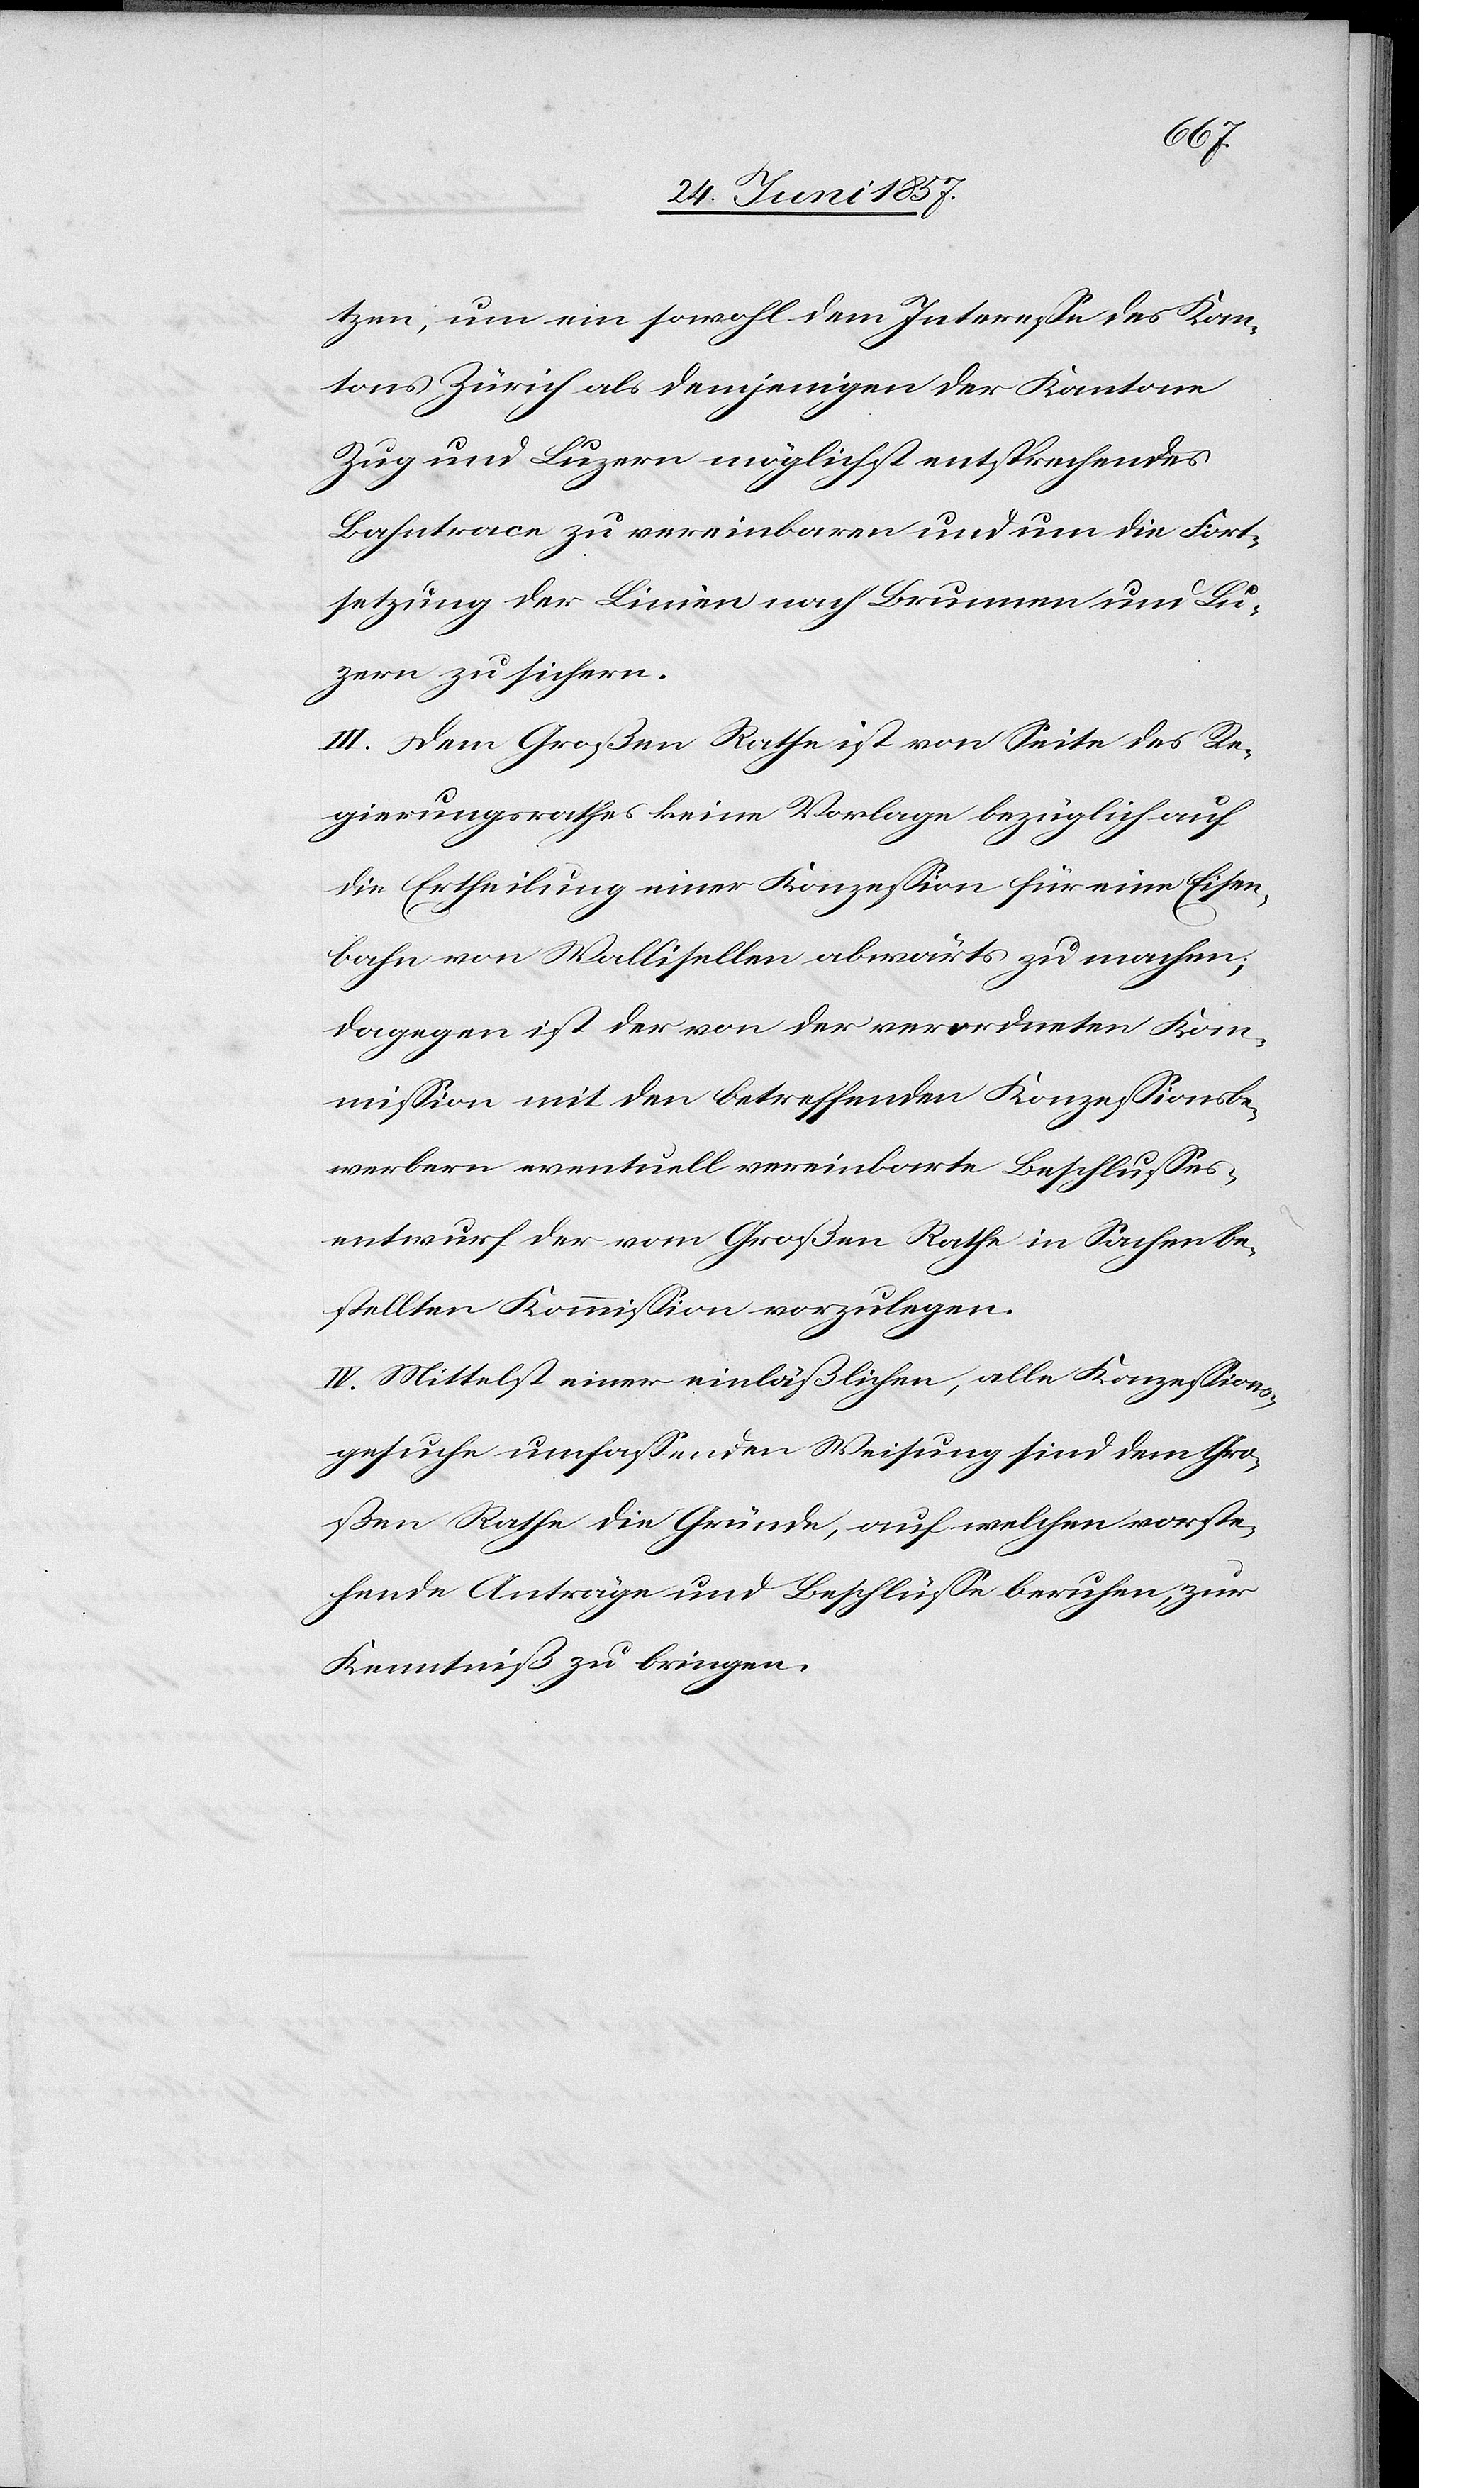
tzen, um ein sowohl dem Interesse des Kan¬
tons Zürich als demjenigen der Kantone
Zug und Luzern möglichst entsprechendes
Bahntrace zu vereinbaren und um die Fort¬
setzung der Linien nach Brunnen um Lu¬
zern zu sichern.
III. Dem Großen Rathe ist von Seite des Re¬
gierungsrathes keine Vorlage bezüglich auf
die Ertheilung einer Konzession für eine Eisen¬
bahn von Wallisellen abwärts zu machen;
dagegen ist der von der verordneten Kom¬
mission mit den betreffenden Konzessionsbe¬
werbern eventuell vereinbarte Beschlusses¬
entwurf der vom Großen Rathe in Sachen be¬
stellten Kommission vorzulegen.
IV. Mittelst einer einläßlichen, alle Konzessions¬
gesuche umfassenden Weisung sind dem Gro¬
ßen Rathe die Gründe, auf welchen vorste¬
hende Anträge und Beschlüsse beruhen, zur
Kenntniß zu bringen.